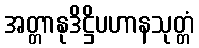
အတ္တာနုဒိဋ္ဌိပဟာနသုတ္တံ